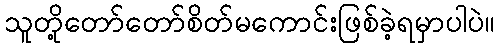
သူတို့တော်တော်စိတ်မကောင်းဖြစ်ခဲ့ရမှာပါပဲ။